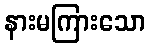
နားမကြားသော